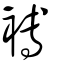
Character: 䙏